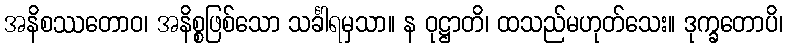
အနိစဿတောဝ၊ အနိစ္စဖြစ်သော သင်္ခါရမှသာ။ န ဝုဋ္ဌာတိ၊ ထသည်မဟုတ်သေး။ ဒုက္ခတောပိ၊